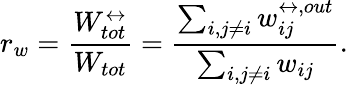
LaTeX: r_{w}=\frac{W_{tot}^{\leftrightarrow}}{W_{tot}}=\frac{\sum_{i,j\neq i}w_{ij}^{\leftrightarrow,out}}{\sum_{i,j\neq i}w_{ij}}.